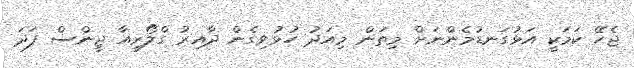
ޖެހޭ ކަމަކީ އަޅުގަނޑުމެންނަށް މިތަން މިއަދު ހުޅުވިގެން ދާއިރު ގްލޯރިއާ ޖީންސް ފަދަ